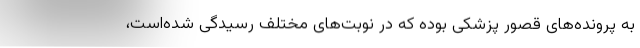
به پرونده‌های قصور پزشکی بوده که در نوبت‌های مختلف رسیدگی شده‌است،